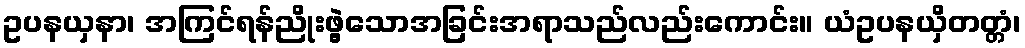
ဥပနယှနာ၊ အကြင်ရန်ညိုးဖွဲ့သောအခြင်းအရာသည်လည်းကောင်း။ ယံဥပနယှိတတ္တံ၊